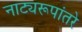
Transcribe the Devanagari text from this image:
नाट्यरूपांतरे